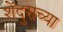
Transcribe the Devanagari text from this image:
शेंदुराच्या